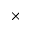
\times